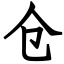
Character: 仓